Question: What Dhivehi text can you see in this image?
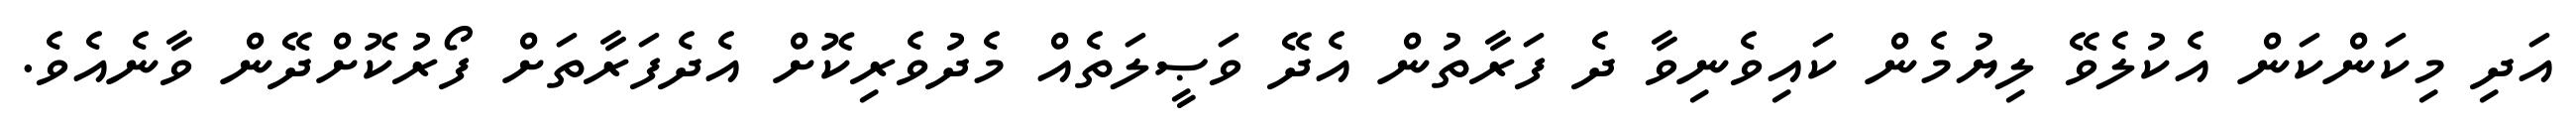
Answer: އަދި މިކަންކަން އެކުލެވޭ ލިޔުމެން ކައިވެނިވާ ދެ ފަރާތުން އެދޭ ވަޞީލަތެއް މެދުވެރިކޮށް އެދެފަރާތަށް ފޯރުކޮށްދޭން ވާނެއެވެ.